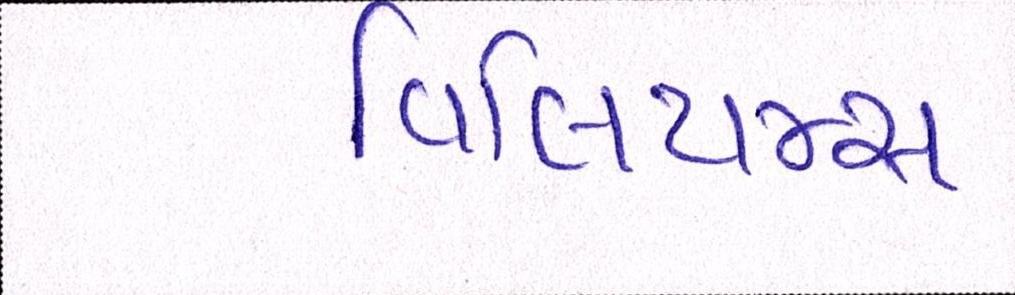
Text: વિલિયમ્સ